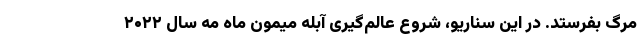
مرگ بفرستد. در این سناریو، شروع عالم‌گیری آبله میمون ماه مه سال ۲۰۲۲